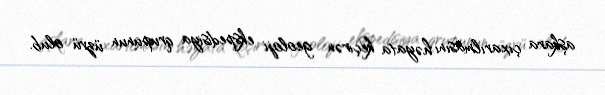
aşkara çıxarılmasını həyata keçirən geoloji ekspedisiya qrupunun üzvü olub.